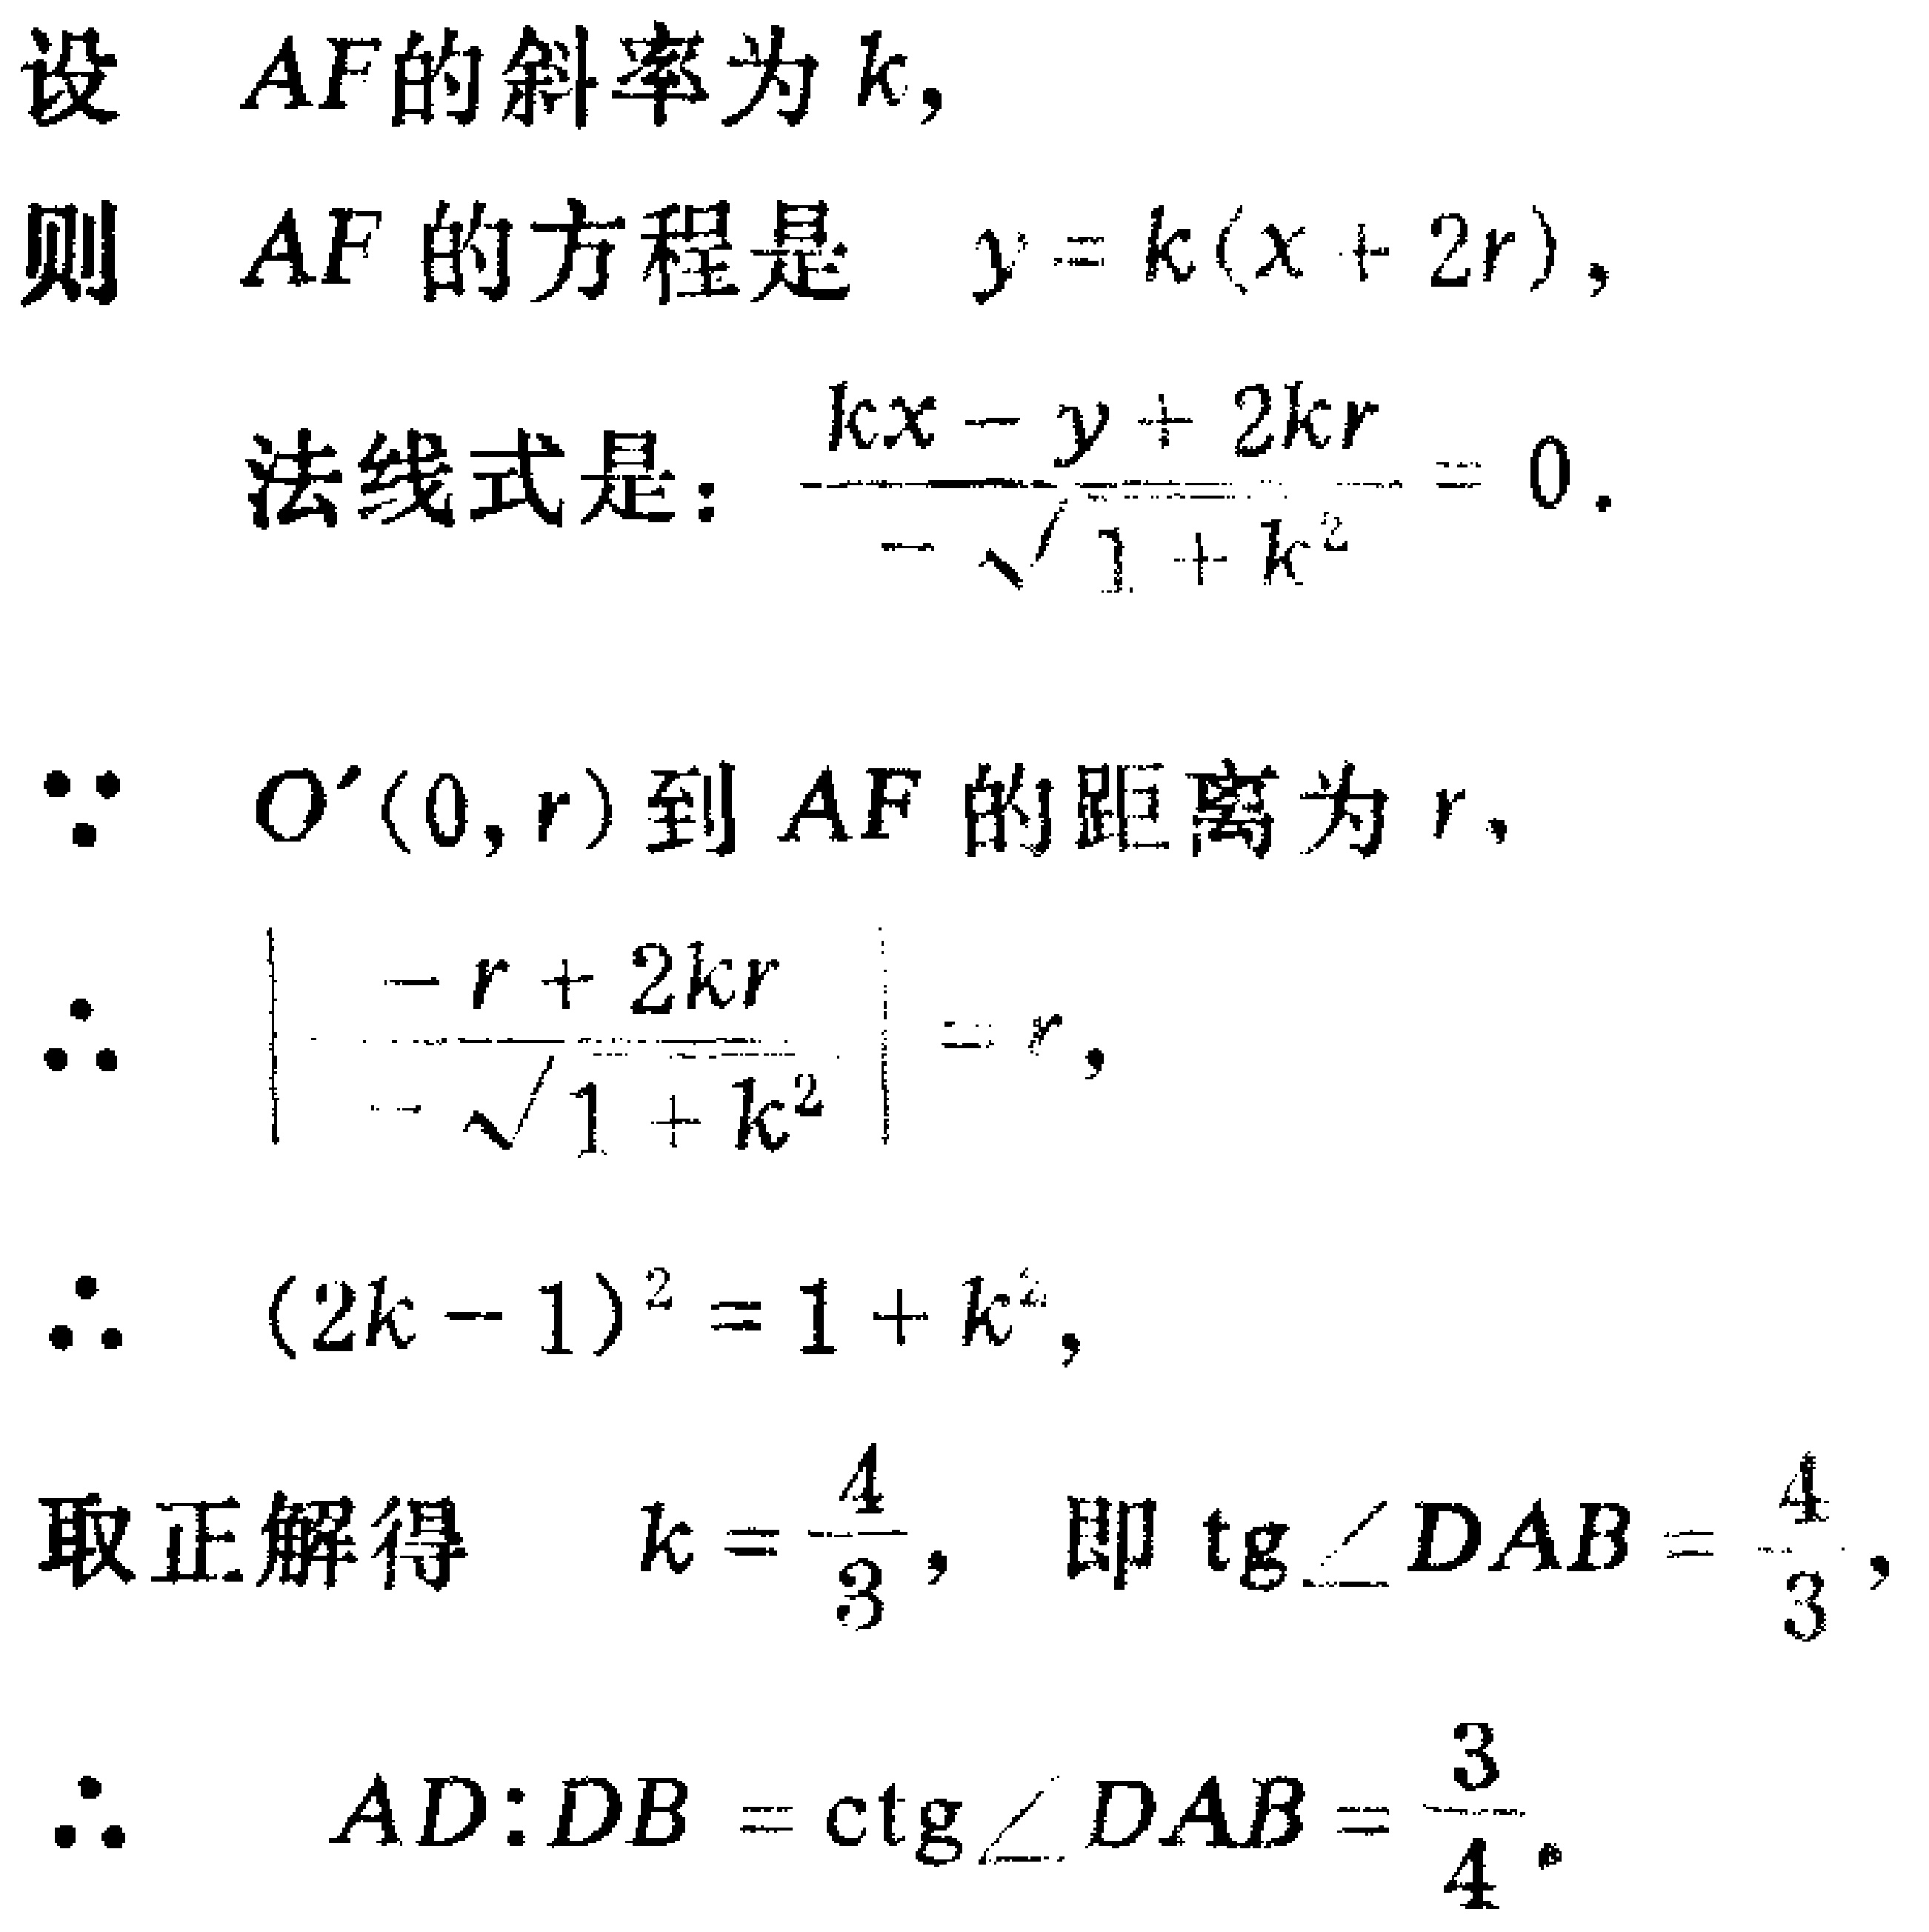
设 \(AF\) 的斜率为 \(k\)，
则 \(AF\) 的方程是 \(y = k(x + 2r)\)，
法线式是：\(\frac{kx - y + 2kr}{-\sqrt{1 + k^{2}}} = 0\).
\(\because\) \(O'(0,r)\) 到 \(AF\) 的距离为 \(r\)，
\(\therefore\) \(\left|\frac{-r + 2kr}{-\sqrt{1 + k^{2}}}\right| = r\)，
\(\therefore\) \((2k - 1)^{2} = 1 + k^{2}\)，
取正解得 \(k = \frac{4}{3}\)，即 \(\tan\angle DAB = \frac{4}{3}\)，
\(\therefore\) \(AD:DB = \cot\angle DAB = \frac{3}{4}\).